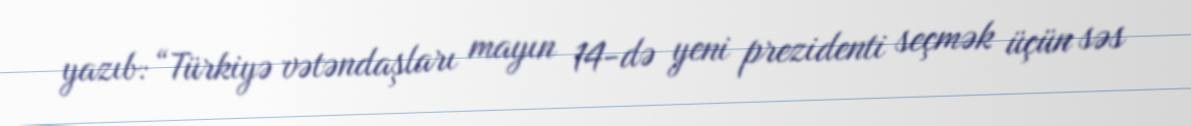
yazıb: “Türkiyə vətəndaşları mayın 14-də yeni prezidenti seçmək üçün səs